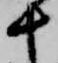
十